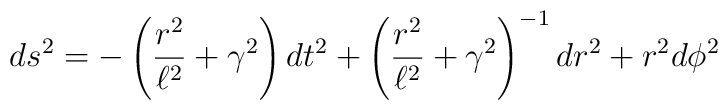
ds^2 = - \left( {r^2 \over \ell^2} + \gamma^2 \right) dt^2 + \left( {r^2 \over \ell^2} + \gamma^2 \right)^{-1} dr^2 + r^2 d\phi^2